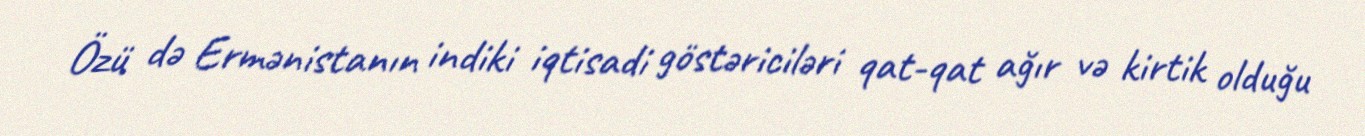
Özü də Ermənistanın indiki iqtisadi göstəriciləri qat-qat ağır və kirtik olduğu